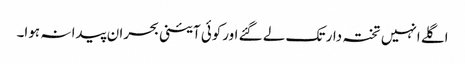
اگلے انہیں تختہ دار تک لے گئے اورکوئی آئینی بحران پیدا نہ ہوا۔